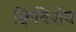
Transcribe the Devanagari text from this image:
क्विबिशेव